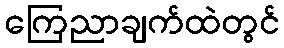
ကြေညာချက်ထဲတွင်